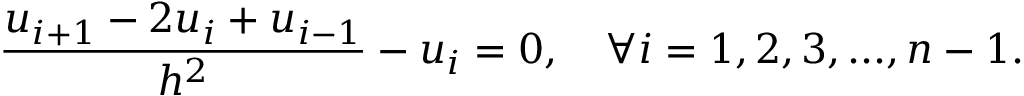
{ \frac { u _ { i + 1 } - 2 u _ { i } + u _ { i - 1 } } { h ^ { 2 } } } - u _ { i } = 0 , \quad \forall i = { 1 , 2 , 3 , . . . , n - 1 } .